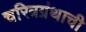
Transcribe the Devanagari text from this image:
चरित्रग्रंथाची